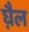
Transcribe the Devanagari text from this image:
घ़ैल